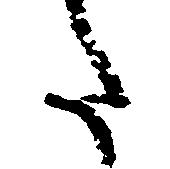
た